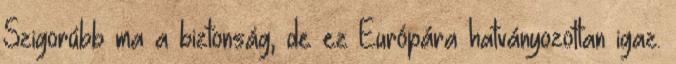
Szigorúbb ma a biztonság, de ez Európára hatványozottan igaz.